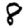
Digit: 8